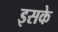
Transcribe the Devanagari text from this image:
इसके